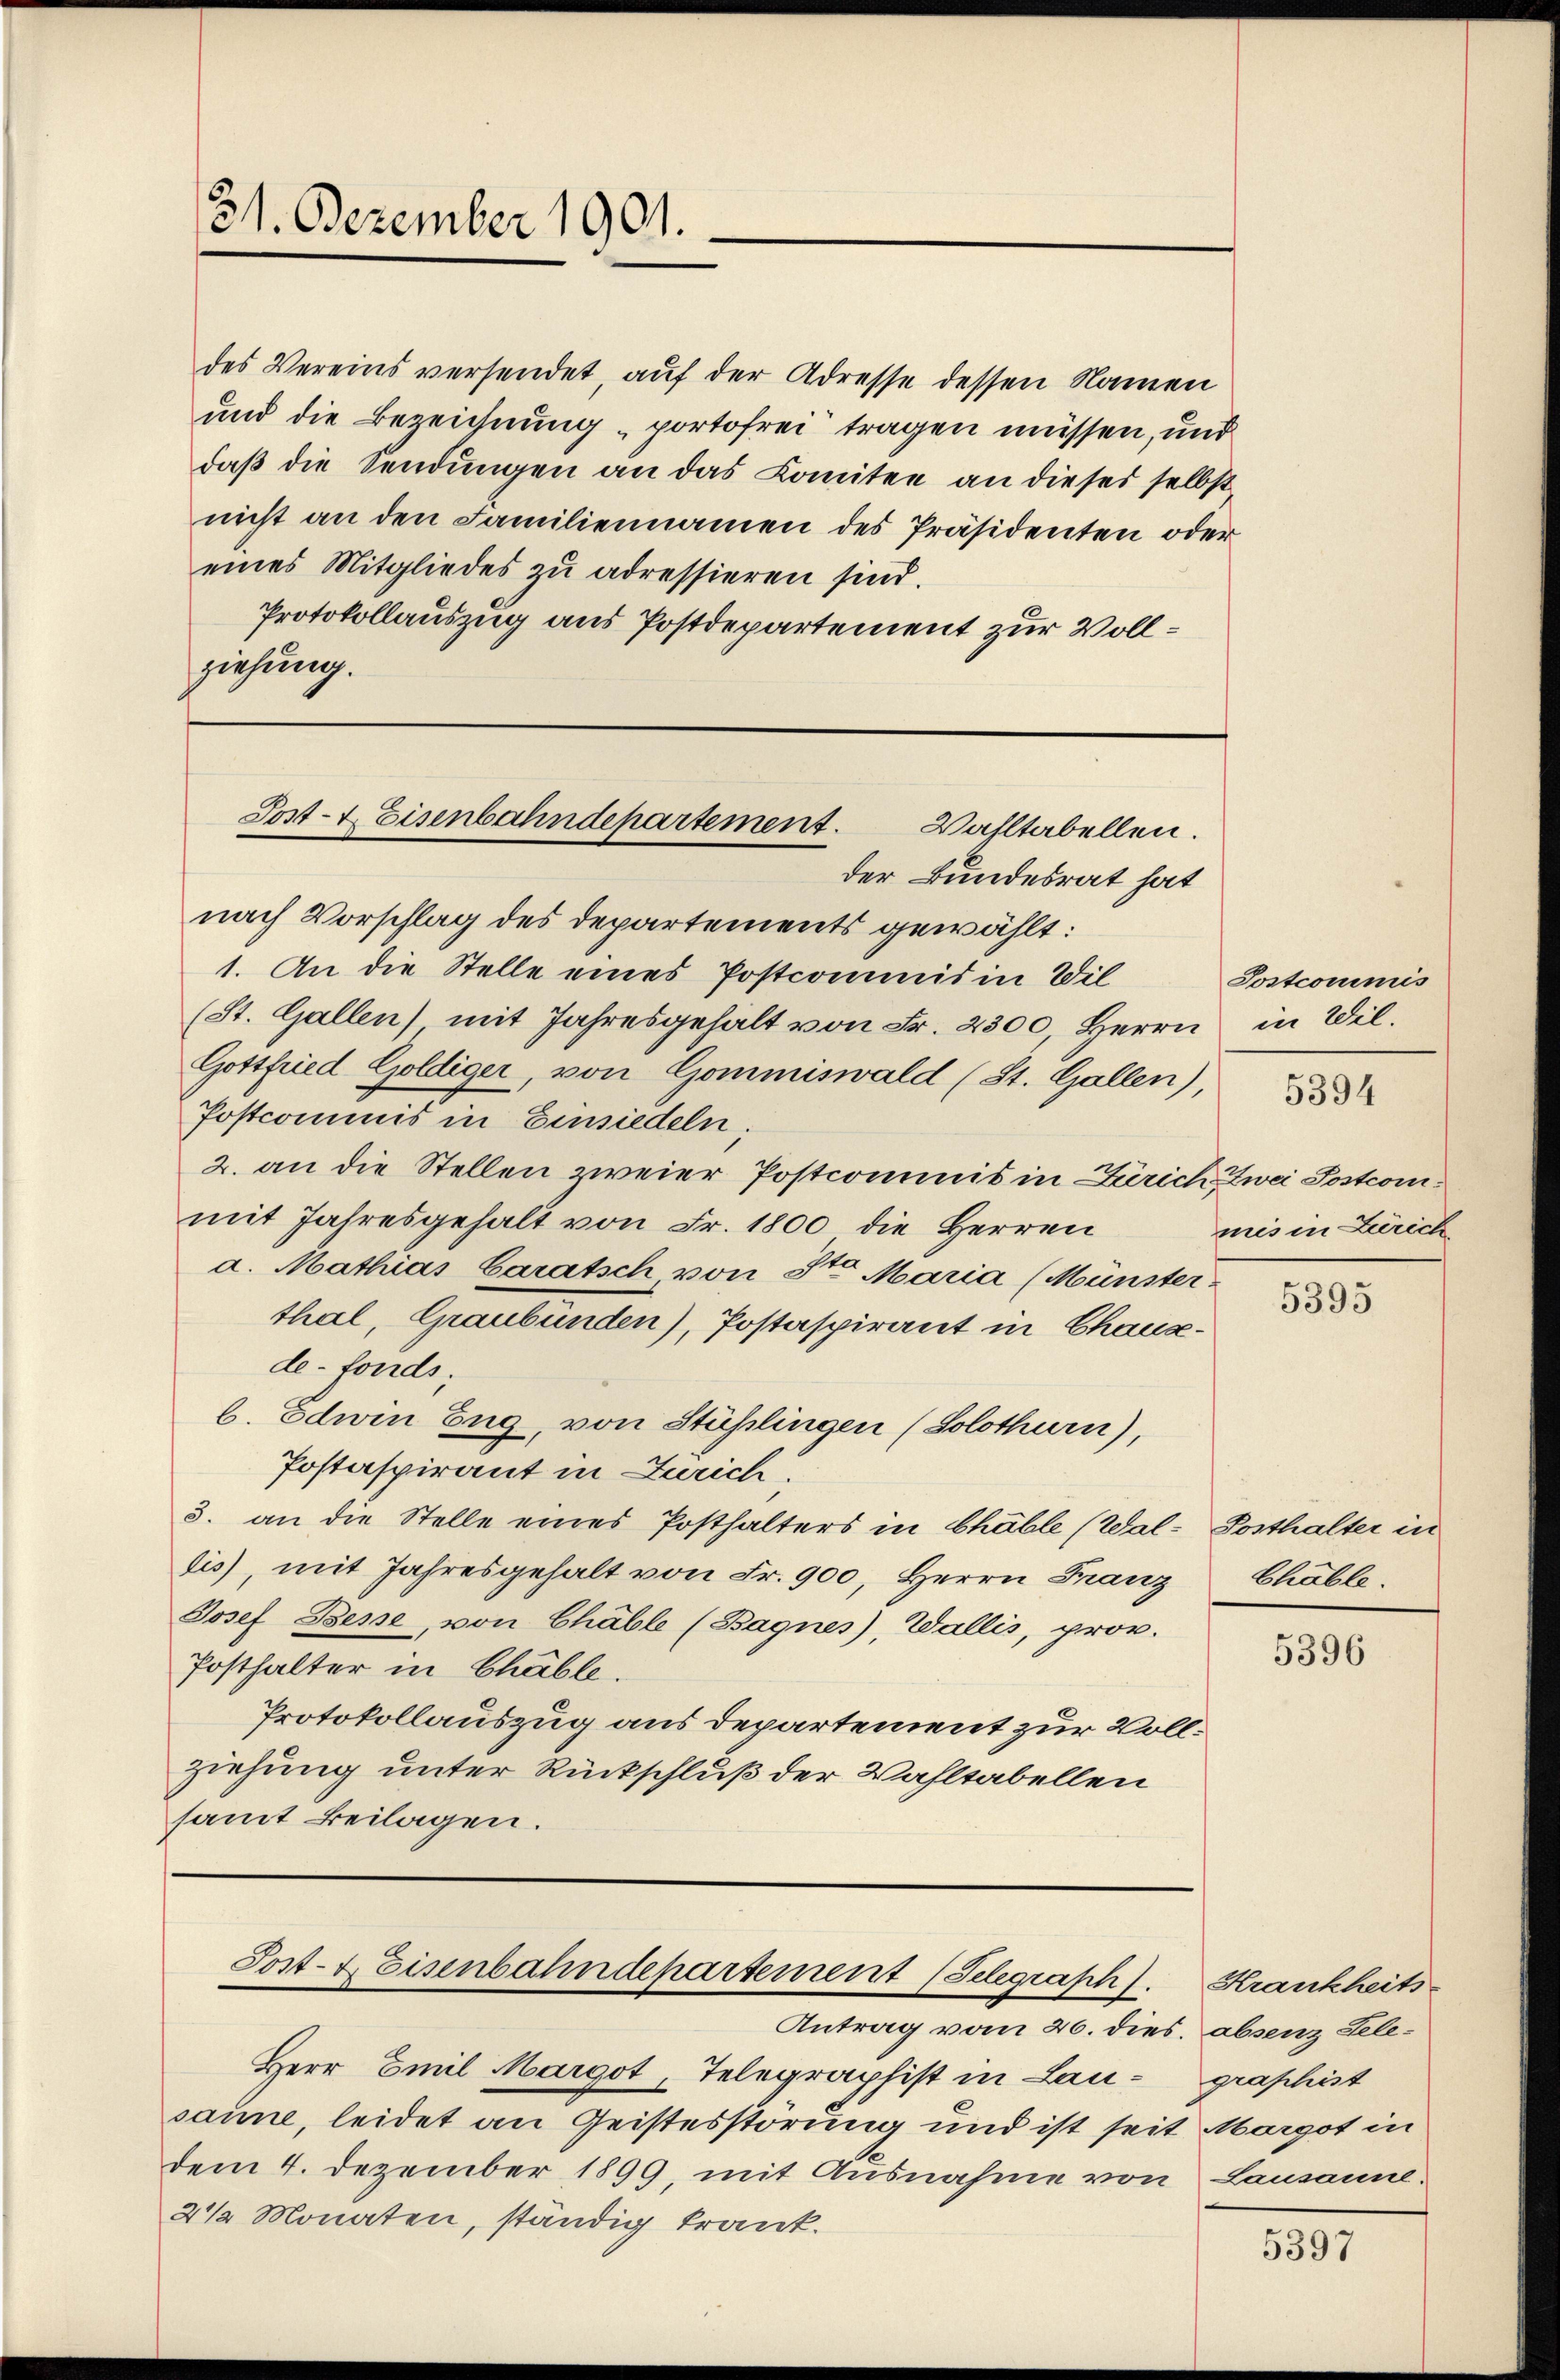
31. Dezember 1901.

des Vereins versendet, auf der Adresse dessen Namen
und die Bezeichnung portofrei tragen müssen, und
daβ die Sendungen an das Komitee an dieses selbst-
nicht an den Familiennamen des Präsidenten oder
eines Mitgliedes zŭ adressieren sind.
Protokollauszug aus Postdepartement zur Vollziehung.

Post- & Eisenbahndepartement. Wahltabellen.

Post- & Eisenbahndepartement (Telegraph). Krankheits¬

der Bundesrat hat
nach Vorschlag des Departements gewählt:
1. An die Stelle eines Postcommis in Wil
(St. Gallen) mit Jahresgehalt von Fr. 2300, Herrn
Gottfried Goldiger, von Gommiswald (St. Gallen),
Postcommis in Einsiedeln;
2. an die Stellen zweier Postcommis in Zürich zwei Postcommit Jahresgehalt von Fr. 1800 die Herren
a. Mathias Caratsch von 8ten Maria (Münsterthal, Graubünden), Postaspirant in Chausde-Fonds
b. Edwin Zug, von Stühlingen (Solothurn),
Postaspirant in Zürich.
3. an die Stelle eines Posthalters in Chable (Wal-Posthalter in
dis), mit Jahresgehalt von Fr. 900, Herrn Franz
Josef Besse, von Chäble (Bagnes), Wallis, prov.
Posthalter in Chable.
Protokollauszug aus departement zur Vollziehung unter Rückschluß der Wahltabellen
samt Beilagen.

Antrag vom 26. dies absenz Tele¬
Herr Emil Margot, Telegraphist in Lausamme, leidet an Geistesstörung und ist seit Margot in
dem 4. Dezember 1899, mit Ausnahme von Lausanne.
2 1/2 Monaten, ständig trank.

Postcommis
in Wil.

5394

mis in Zürich

5395

Chable

5396

graphist

5397